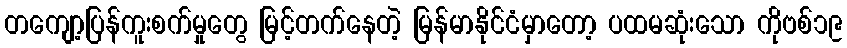
တကျော့ပြန်ကူးစက်မှုတွေ မြင့်တက်နေတဲ့ မြန်မာနိုင်ငံမှာတော့ ပထမဆုံးသော ကိုဗစ်၁၉